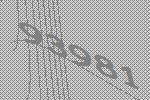
93981